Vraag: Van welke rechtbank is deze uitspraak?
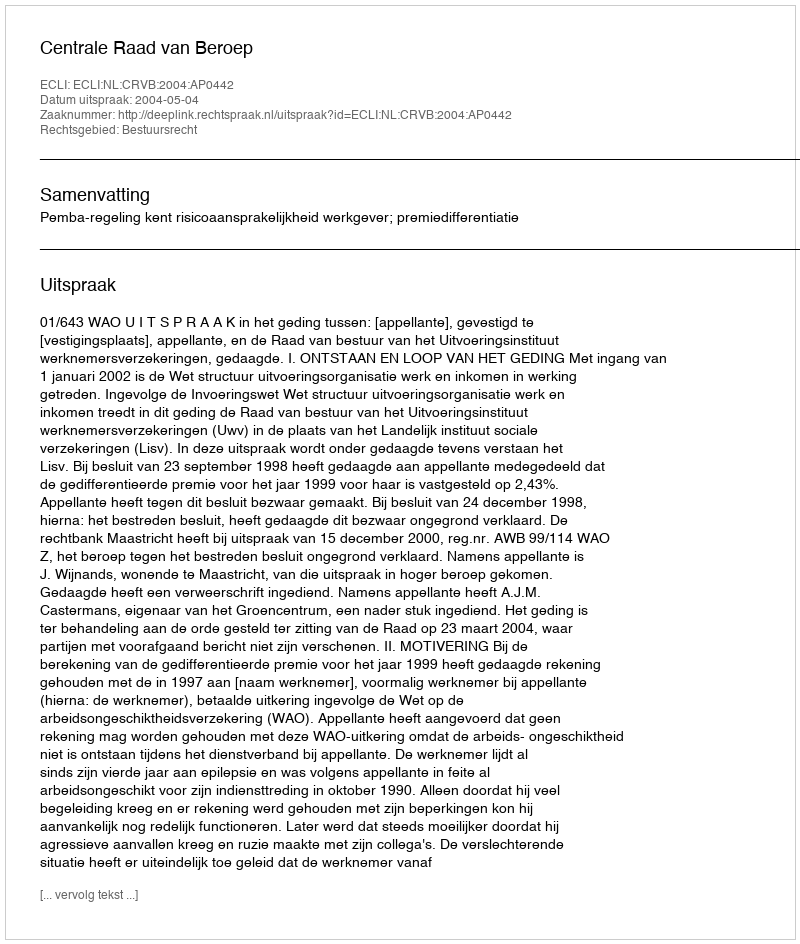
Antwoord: Centrale Raad van Beroep